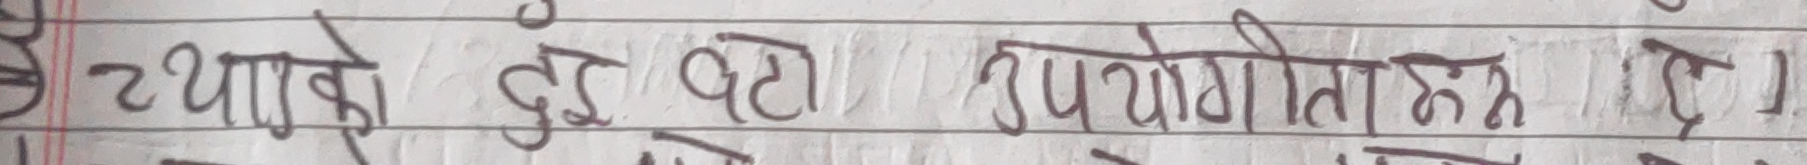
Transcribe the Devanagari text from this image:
येथाको दुई वटा उपयोगिता हुरु लेख ।